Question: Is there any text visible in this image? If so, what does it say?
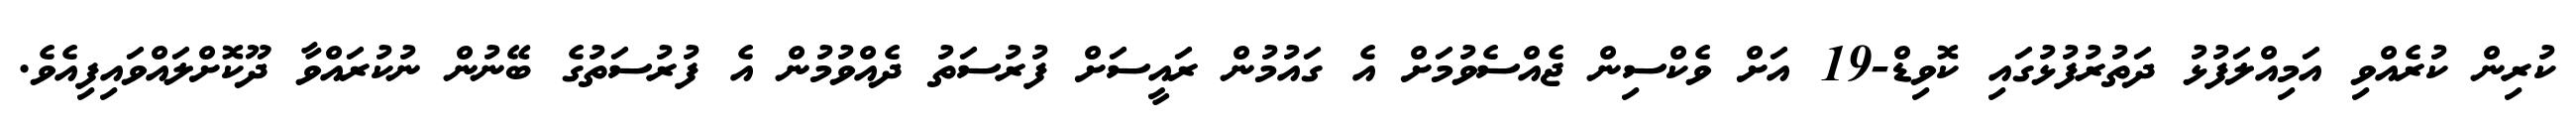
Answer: ކުރިން ކުރެއްވި އަމިއްލަފުޅު ދަތުރުފުޅުގައި ކޮވިޑް-19 އަށް ވެކްސިން ޖެއްސެވުމަށް އެ ގައުމުން ރައީސަށް ފުރުސަތު ދެއްވުމުން އެ ފުރުސަތުގެ ބޭނުން ނުކުރައްވާ ދޫކޮށްލައްވައިފިއެވެ.